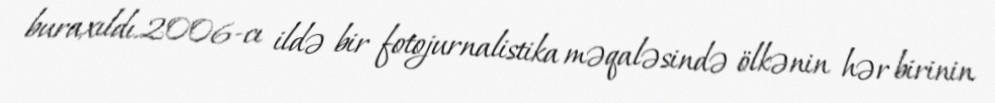
buraxıldı.2006-cı ildə bir fotojurnalistika məqaləsində ölkənin hər birinin